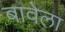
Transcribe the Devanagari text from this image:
बावेला